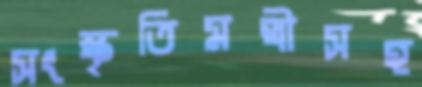
সংস্কৃতিমন্ত্রীসহ